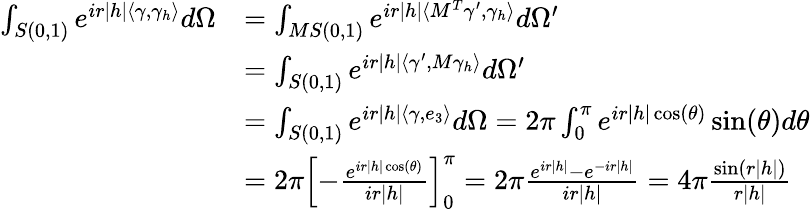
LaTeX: \begin{array}{rl}{\int_{S(0,1)}e^{ir|h|\langle\gamma,\gamma_{h}\rangle}d\Omega}&{=\int_{MS(0,1)}e^{ir|h|\langle M^{T}\gamma^{\prime},\gamma_{h}\rangle}d\Omega^{\prime}}\\ &{=\int_{S(0,1)}e^{ir|h|\langle\gamma^{\prime},M\gamma_{h}\rangle}d\Omega^{\prime}}\\ &{=\int_{S(0,1)}e^{ir|h|\langle\gamma,e_{3}\rangle}d\Omega=2\pi\int_{0}^{\pi}e^{ir|h|\cos(\theta)}\sin(\theta)d\theta}\\ &{=2\pi\left[-\frac{e^{ir|h|\cos(\theta)}}{ir|h|}\right]_{0}^{\pi}=2\pi\frac{e^{ir|h|}-e^{-ir|h|}}{ir|h|}=4\pi\frac{\sin(r|h|)}{r|h|}}\end{array}